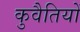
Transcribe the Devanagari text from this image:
कुवैतियों